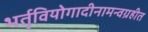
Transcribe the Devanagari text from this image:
भर्तृवियोगादीनामन्वग्रहीत